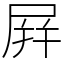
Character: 屛